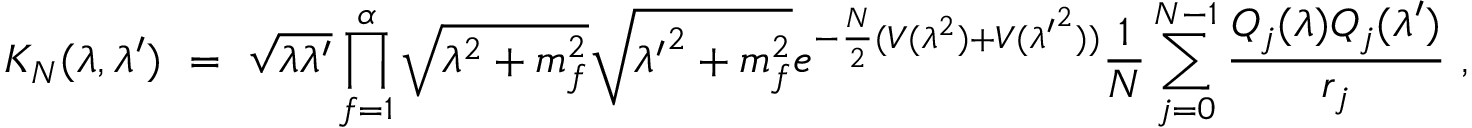
K _ { N } ( \lambda , \lambda ^ { \prime } ) ~ = ~ \sqrt { \lambda \lambda ^ { \prime } } \prod _ { f = 1 } ^ { \alpha } \sqrt { \lambda ^ { 2 } + m _ { f } ^ { 2 } } \sqrt { { \lambda ^ { \prime } } ^ { 2 } + m _ { f } ^ { 2 } } e ^ { - \frac { N } { 2 } ( V ( \lambda ^ { 2 } ) + V ( { \lambda ^ { \prime } } ^ { 2 } ) ) } \frac { 1 } { N } \sum _ { j = 0 } ^ { N - 1 } \frac { Q _ { j } ( \lambda ) Q _ { j } ( \lambda ^ { \prime } ) } { r _ { j } } ~ ,